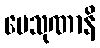
ပေသုဏာနိ